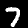
Digit: 7